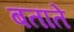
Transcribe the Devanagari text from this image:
बतातेे